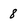
Character: 8